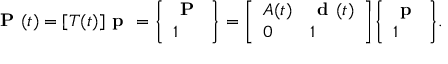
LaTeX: { \textbf { P } } ( t ) = [ T ( t ) ] { \textbf { p } } = { \left\{ \begin{array} { l } { { \textbf { P } } } \\ { 1 } \end{array} \right\} } = { \left[ \begin{array} { l l } { A ( t ) } & { { \textbf { d } } ( t ) } \\ { 0 } & { 1 } \end{array} \right] } { \left\{ \begin{array} { l } { { \textbf { p } } } \\ { 1 } \end{array} \right\} } .